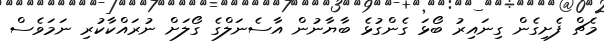
މެޗް ފެށިގެން ގިނައިރު ބޯޅަ ގެންގުޅެ ބާޔާނުން އާސެނަލްގެ ގޯލަށް ނުރައްކާކުރި ނަމަވެސް